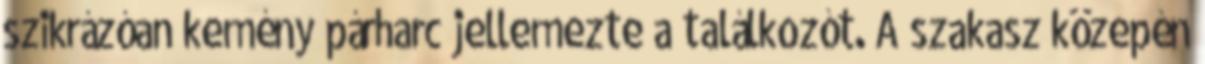
szikrázóan kemény párharc jellemezte a találkozót. A szakasz közepén